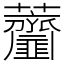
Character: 𧆌